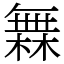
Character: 橆